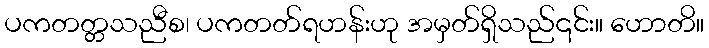
ပကတတ္တသညီစ၊ ပကတတ်ရဟန်းဟု အမှတ်ရှိသည်၎င်း။ ဟောတိ။